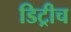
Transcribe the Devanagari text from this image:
डिट्रीच